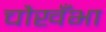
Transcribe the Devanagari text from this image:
चौखँभा